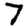
Digit: 7